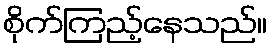
စိုက်ကြည့်နေသည်။